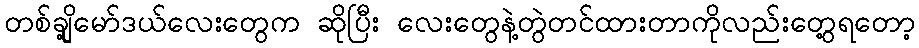
တစ်ချို့မော်ဒယ်လေးတွေက ဆိုပြီး လေးတွေနဲ့တွဲတင်ထားတာကိုလည်းတွေ့ရတော့